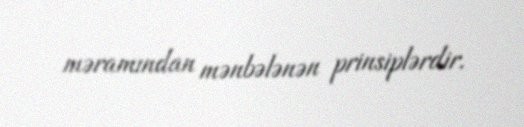
məramından mənbələnən prinsiplərdir.